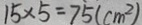
1 5 \times 5 = 7 5 ( c m ^ { 2 } )